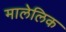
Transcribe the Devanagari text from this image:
मालेलिक